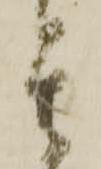
其